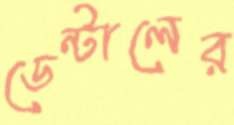
ডেন্টালের